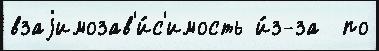
взаjимозав'и́с'имость и́з-за  по